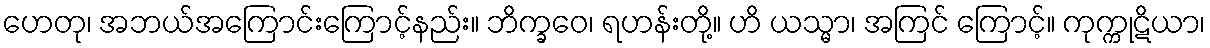
ဟေတု၊ အဘယ်အကြောင်းကြောင့်နည်း။ ဘိက္ခဝေ၊ ရဟန်းတို့။ ဟိ ယသ္မာ၊ အကြင် ကြောင့်။ ကုက္ကုဋိယာ၊